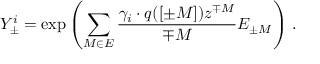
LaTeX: Y _ { \pm } ^ { i } = \exp \left( \sum _ { M \in \cal E } \frac { \gamma _ { i } \cdot q ( [ \pm M ] ) z ^ { \mp M } } { \mp M } E _ { \pm M } \right) \, .